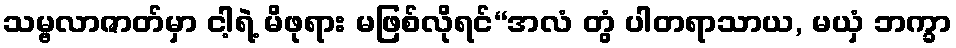
သမ္ဗလာဇာတ်မှာ ငါ့ရဲ့ မိဖုရား မဖြစ်လိုရင်“အလံ တွံ ပါတရာသာယ, မယှံ ဘက္ခာ